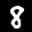
Label: 8